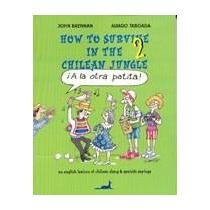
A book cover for How to Survive in the Chilean Jungle; Alvaro Taboada John Bren Alvaro Taboada; Travel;